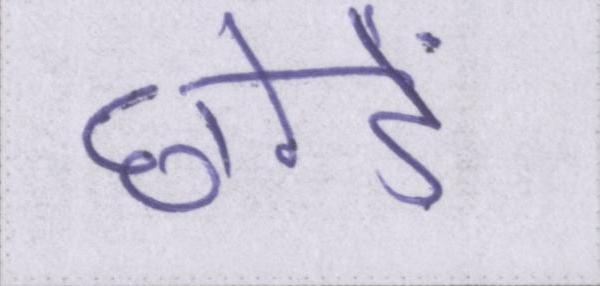
छोडें